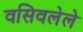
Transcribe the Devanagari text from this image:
वसिवलेले